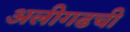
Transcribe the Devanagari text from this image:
अलीगढची